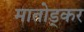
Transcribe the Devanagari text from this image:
मातोड्कर